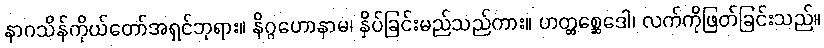
နာဂသိန်ကိုယ်တော်အရှင်ဘုရား။ နိဂ္ဂဟောနာမ၊ နှိပ်ခြင်းမည်သည်ကား။ ဟတ္ထစ္ဆေဒေါ၊ လက်ကိုဖြတ်ခြင်းသည်။